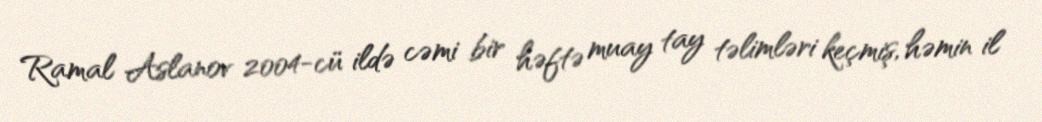
Ramal Aslanov 2004-cü ildə cəmi bir həftə muay tay təlimləri keçmiş, həmin il